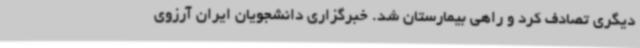
دیگری تصادف کرد و راهی بیمارستان شد. خبرگزاری دانشجویان ایران آرزوی